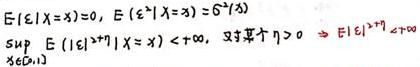
$E(|\xi|X = x)=0,\ E(\xi^{2}|X = x)=\sigma^{2}(x)\\
\sup_{x\in E}E(|\xi|^{\eta + 1}|X = x)<+\infty,\ \exists \text{某个} \eta>0\Rightarrow E|\xi|^{\eta + 1}<+\infty$